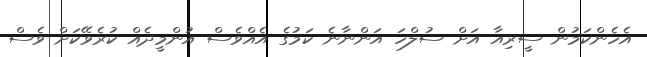
އެހެންކަމުން ސީރިއާ އަށް ސުލްހަ އަންނާނެ ކަމުގެ އެއްވެސް އުންމީދެއް ކުރެވޭކަށް ވެސް